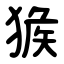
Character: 㺅